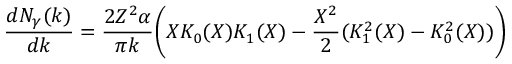
{ \frac { d N _ { \gamma } ( k ) } { d k } } = { \frac { 2 Z ^ { 2 } \alpha } { \pi k } } \bigg ( X K _ { 0 } ( X ) K _ { 1 } ( X ) - { \frac { X ^ { 2 } } { 2 } } ( K _ { 1 } ^ { 2 } ( X ) - K _ { 0 } ^ { 2 } ( X ) ) \bigg )